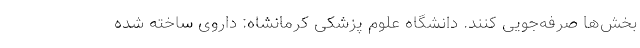
بخش‌ها صرفه‌جویی کنند. دانشگاه علوم پزشکی کرمانشاه: داروی ساخته شده